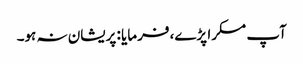
آپ مسکرا پڑے، فرمایا : پریشان نہ ہو۔